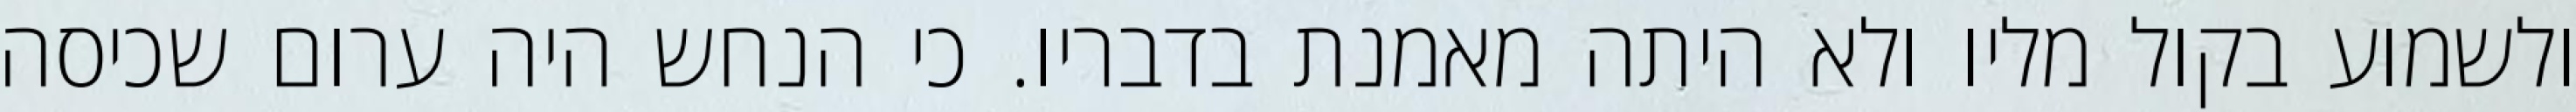
ולשמוע בקול מליו ולא היתה מאמנת בדבריו. כי הנחש היה ערום שכיסה